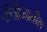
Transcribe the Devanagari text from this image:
केंब्रिजातील